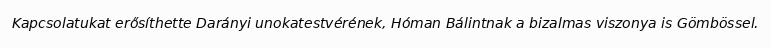
Kapcsolatukat erősíthette Darányi unokatestvérének, Hóman Bálintnak a bizalmas viszonya is Gömbössel.